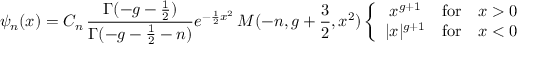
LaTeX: \psi _ { n } ( x ) = C _ { n } \, \frac { \Gamma ( - g - { \frac { 1 } { 2 } } ) } { \Gamma ( - g - { \frac { 1 } { 2 } } - n ) } e ^ { - { \frac { 1 } { 2 } } x ^ { 2 } } \, M ( - n , g + { \frac { 3 } { 2 } } , x ^ { 2 } ) \left\{ \begin{array} { c l l } { { x ^ { g + 1 } } } & { { \mathrm { f o r } } } & { { x > 0 } } \\ { { | x | ^ { g + 1 } } } & { { \mathrm { f o r } } } & { { x < 0 } } \end{array} \right.